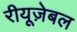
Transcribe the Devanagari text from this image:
रीयूज़ेबल